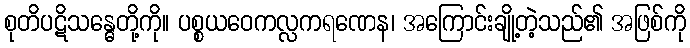
စုတိပဋိသန္ဓေတို့ကို။ ပစ္စယဝေကလ္လကရဏေန၊ အကြောင်းချို့တဲ့သည်၏ အဖြစ်ကို